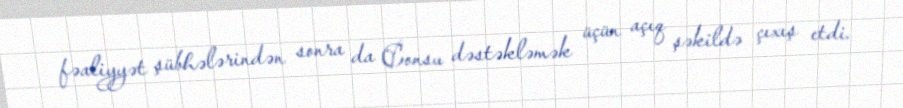
fəaliyyət şübhələrindən sonra da Consu dəstəkləmək üçün açıq şəkildə çıxış etdi.